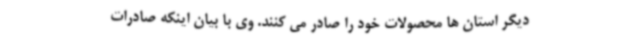
دیگر استان ها محصولات خود را صادر می کنند. وی با بیان اینکه صادرات